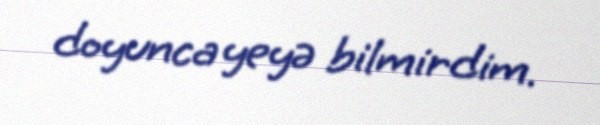
doyunca yeyə bilmirdim.